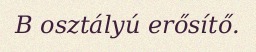
B osztályú erősítő.